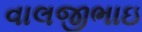
વાલજીભાઇ